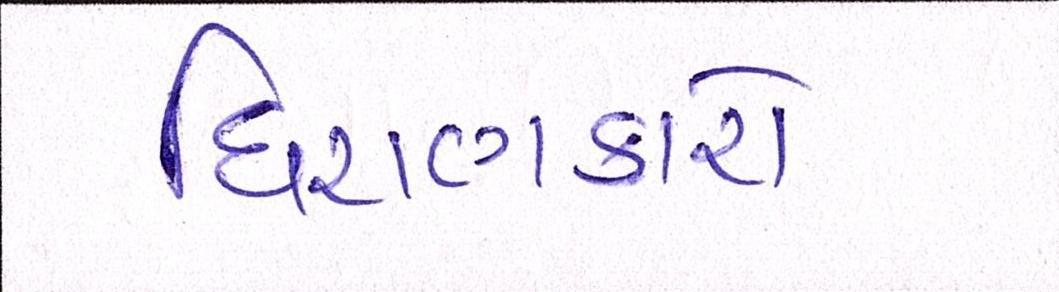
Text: ધિરાણકારો